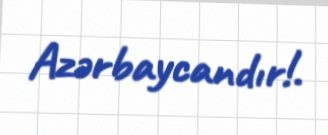
Azərbaycandır!.